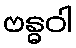
ဗန္ဓဝါ